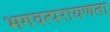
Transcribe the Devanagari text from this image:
भगवत्परायणता